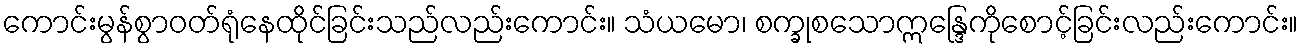
ကောင်းမွန်စွာဝတ်ရုံနေထိုင်ခြင်းသည်လည်းကောင်း။ သံယမော၊ စက္ခုစသောဣန္ဒြေကိုစောင့်ခြင်းလည်းကောင်း။